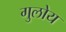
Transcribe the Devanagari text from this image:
गुलोय